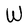
Character: W